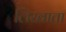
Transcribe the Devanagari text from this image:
लिखाता